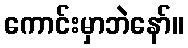
ကောင်းမှာဘဲနော်။